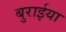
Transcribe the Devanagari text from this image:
बुरार्इया